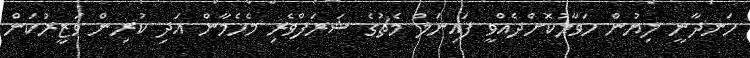
ހަނދާނީ ލިޔުން ހަވާލުކޮށްދެއްވީ ފައިނަލް މެޗުގެ ޝަރަފްވެރި މެހެމާން އަދި ކުރިން ވަޒީރުކަން